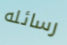
رسائله